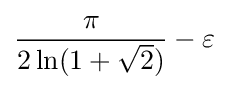
{\frac {\pi }{2\ln(1+{\sqrt {2}})}}-\varepsilon